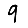
Digit: 9